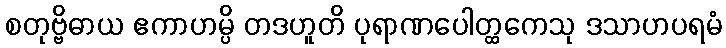
စတုဗ္ဗိဓာယ ဧကာဟမ္ပိ တဒဟူတိ ပုရာဏပေါတ္ထကေသု ဒသာဟပရမံ